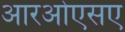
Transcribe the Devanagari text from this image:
आरओएसए